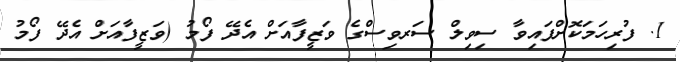
1. ފުރިހަމަކޮށްފައިވާ ސިވިލް ސަރވިސްގެ ވަޒީފާއަށް އެދޭ ފޯމު (ވަޒީފާއަށް އެދޭ ފޯމު